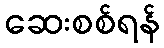
ဆေးစစ်ရန်